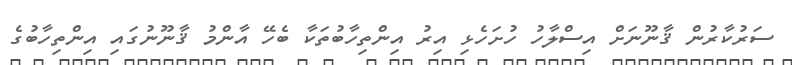
ސަރުކާރުން ޤާނޫނަށް އިސްލާހު ހުށަހެޅި އިރު އިންތިހާބުތަކާ ބެހޭ އާންމު ޤާނޫނުގައި އިންތިހާބުގެ